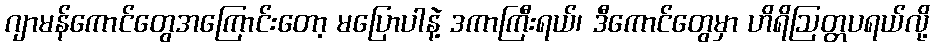
ဂျာမန်ကောင်တွေအကြောင်းတော့ မပြောပါနဲ့ ဒကာကြီးရယ်၊ ဒီကောင်တွေမှာ ဟိရိဩတ္တပရယ်လို့